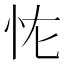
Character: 𭜏